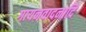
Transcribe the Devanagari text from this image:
गायनवादनादि